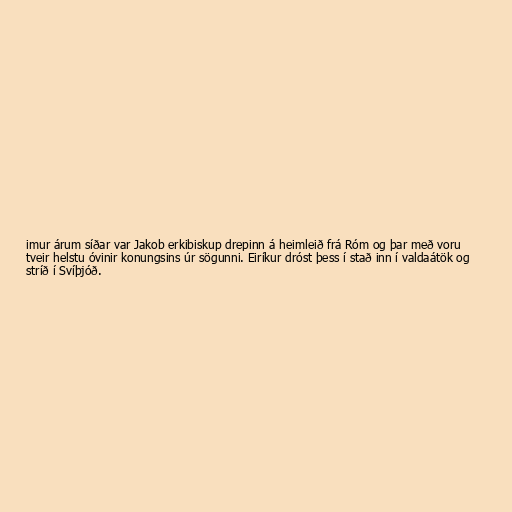
imur árum síðar var Jakob erkibiskup drepinn á heimleið frá Róm og þar með voru
tveir helstu óvinir konungsins úr sögunni. Eiríkur dróst þess í stað inn í valdaátök og
stríð í Svíþjóð.